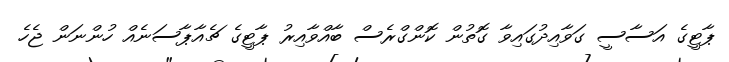
ޕާޓީގެ އަސާސީ ގަވާއިދުގައިވާ ގޮތުން ކޮންގްރެސް ބާއްވާއިރު ޕާޓީގެ ޗެއާޕާސަނެއް ހުންނަން ޖެހެ